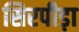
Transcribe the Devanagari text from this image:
सिरपीड़ा